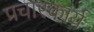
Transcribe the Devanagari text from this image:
प्रचारकार्य